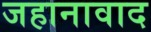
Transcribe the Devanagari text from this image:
जहानावाद